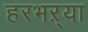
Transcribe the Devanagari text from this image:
हरभऱ्या